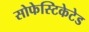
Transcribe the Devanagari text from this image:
सोफेस्टिकेटेड